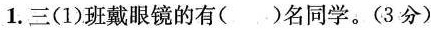
1.三(1)班戴眼镜的有()名同学。(3分)